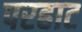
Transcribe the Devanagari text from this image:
परहाट